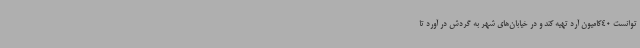
توانست 40کامیون آرد تهیه کند و در خیابان‌های شهر به گردش در آورد تا